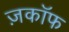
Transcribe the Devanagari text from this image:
ज़काॅफ